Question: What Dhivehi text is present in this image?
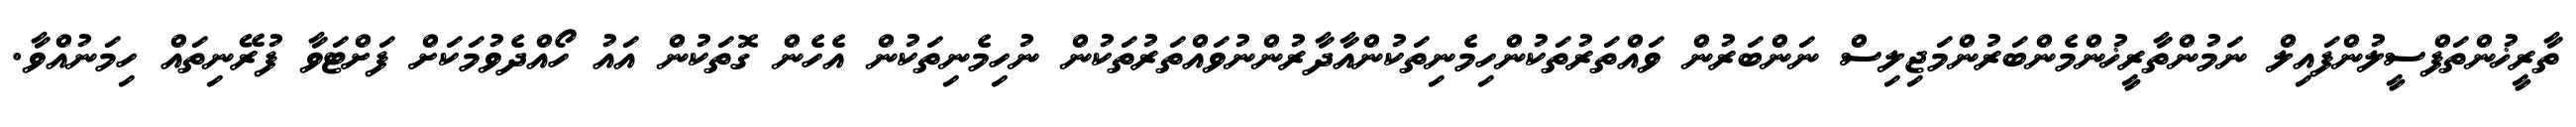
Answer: ތާރީޚުންތަފްސީލުންފައިލް ނަމުންތާރީޚުންމެންބަރުންމަޖިލިސް ނަންބަރުން ވައްތަރުތަކުންހިމެނިތަކުންއާދާރުންނުވައްތަރުތަކުން ނުހިމެނިތަކުން އެހެން ގޮތަކުން އައު ހޯއްދެވުމަކަށް ފަށްޓަވާ ފުރޭނިތައް ހިމަނުއްވާ.